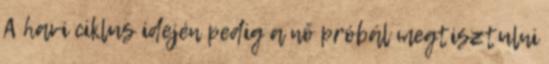
A havi ciklus idején pedig a nő próbál megtisztulni